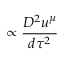
\propto \frac { D ^ { 2 } u ^ { \mu } } { d \tau ^ { 2 } }